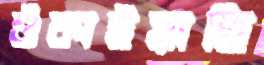
শুঁকাইয়াছি